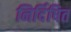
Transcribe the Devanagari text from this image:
निर्दिषित